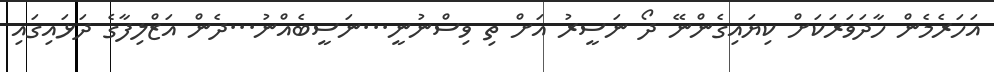
އަހަރެމެން ހާދަވަރަކަށް ކިޔައިގެންނޭ ދޯ ނަސީރު އަށް ތި ވިސްނުނީ...ނަސީބެއްނު...ދެން އަޒްލިފާގެ ދަޅައިގައި